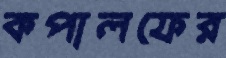
কপালফের